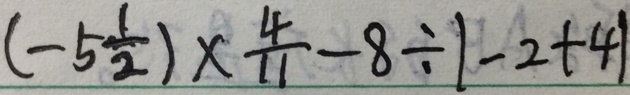
( - 5 \frac { 1 } { 2 } ) \times \frac { 4 } { 1 1 } - 8 \div \vert - 2 + 4 \vert